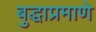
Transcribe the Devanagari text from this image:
बुद्धाप्रमाणे